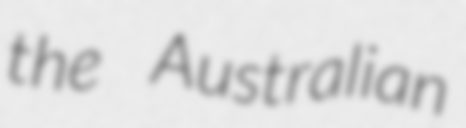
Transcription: the Australian